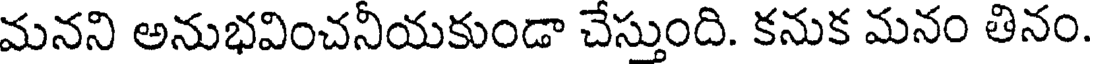
మనని అనుభవించనీయకుండా చేస్తుంది. కనుక మనం తినం